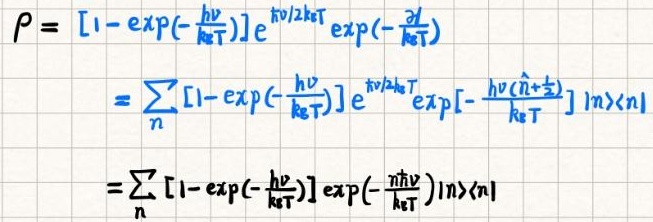
\[
\begin{align*}
\rho&=[1 - \exp(-\frac{h\nu}{k_BT})]e^{h\nu/2k_BT}\exp(-\frac{\hat{n}h\nu}{k_BT})\\
&=\sum_{n}[1 - \exp(-\frac{h\nu}{k_BT})]e^{h\nu/2k_BT}\exp[-\frac{h\nu(n+\frac{1}{2})}{k_BT}]|n\rangle\langle n|\\
&=\sum_{n}[1 - \exp(-\frac{h\nu}{k_BT})]\exp(-\frac{n h\nu}{k_BT})|n\rangle\langle n|
\end{align*}
\]